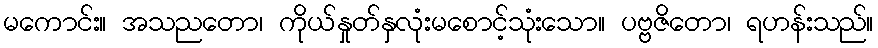
မကောင်း။ အသညတော၊ ကိုယ်နှုတ်နှလုံးမစောင့်သုံးသော။ ပဗ္ဗဇိတော၊ ရဟန်းသည်။